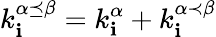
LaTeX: k_{\mathbf{i}}^{\alpha\preceq\beta}=k_{\mathbf{i}}^{\alpha}+k_{\mathbf{i}}^{\alpha\prec\beta}